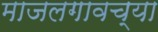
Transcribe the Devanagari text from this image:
माजलगावच्या